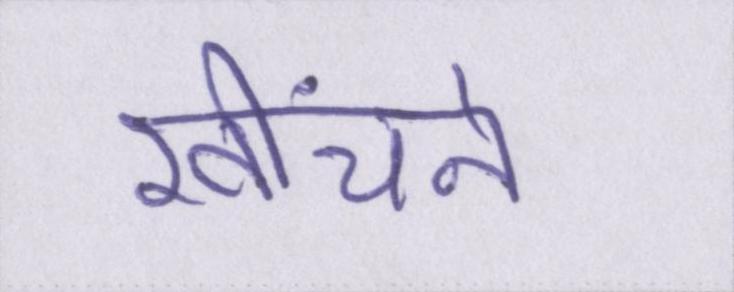
खींचने